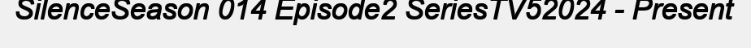
SilenceSeason 014 Episode2 SeriesTV52024 - Present